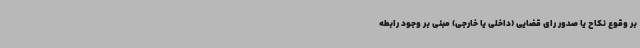
بر وقوع نکاح یا صدور رای قضایی (داخلی یا خارجی) مبنی بر وجود رابطه